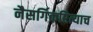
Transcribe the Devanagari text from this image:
नैसर्गिकरित्याच